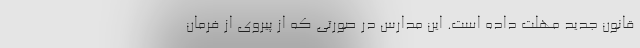
قانون جدید مهلت داده است. این مدارس در صورتی که از پیروی از فرمان